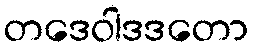
တဒေဝါဒဒတော